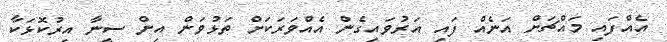
އެއްފައި މައްޗަށް އަނެއް ފައި އަރުވައިގެން އެއްވަރަކަށް ތަޅުވަން އިން ސީނާ އިރުކޮޅަކާ